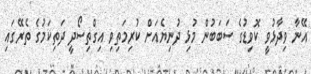
އޭނާ ވިދާޅުވީ ކޮވިޑުގެ ސަބަބުން މުޅި ދުނިޔެއަށް ކުރިމަތިވި އިގްތިސޯދީ ދަތިކަމުގެ ތެރޭގައި